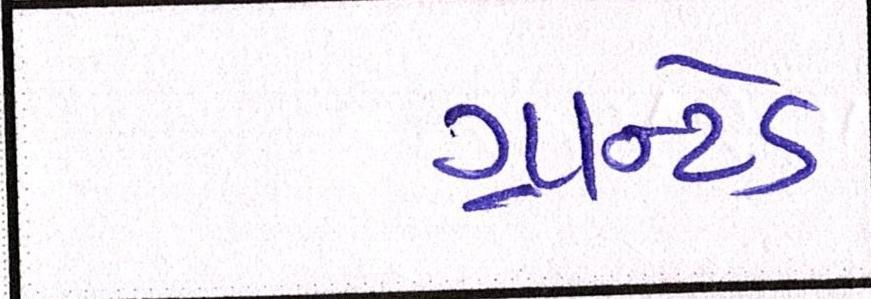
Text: ગ્રાન્ટેડ